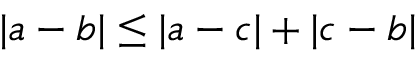
| a - b | \leq | a - c | + | c - b |